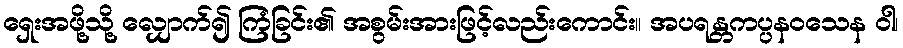
ရှေးအဖို့သို့ လျှောက်၍ ကြံခြင်း၏ အစွမ်းအားဖြင့်လည်းကောင်း။ အပရန္တကပ္ပနဝသေန ဝါ၊